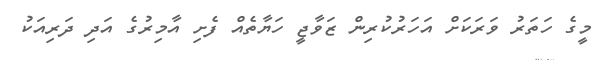
މީގެ ހަތަރު ވަރަކަށް އަހަރުކުރިން ޒަވާޖީ ހަޔާތެއް ފެށި އާމިރުގެ އަދި ދަރިއަކު